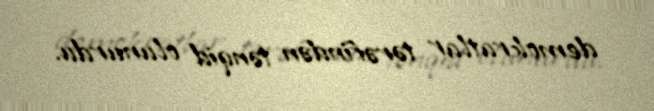
demokratlar tərəfindən tənqid olunurdu.